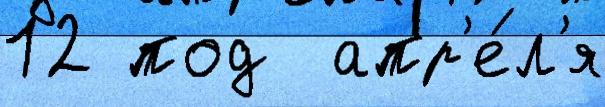
12 под  апр'е́л'я